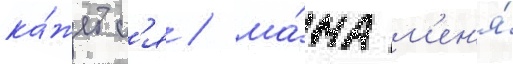
ка́жетс'я / ма́ма м'ен'я́